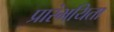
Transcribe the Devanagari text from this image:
प्रारंभयिता